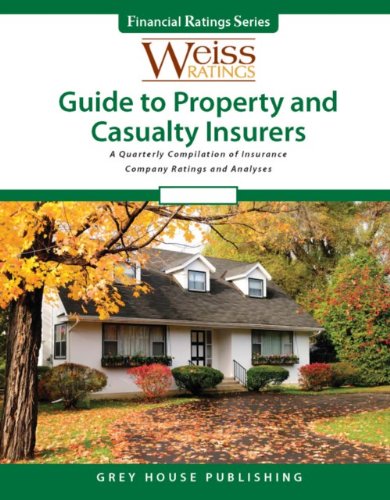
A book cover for Weiss Ratings Guide to Property & Casualty Insurers Fall 2012; Business & Money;